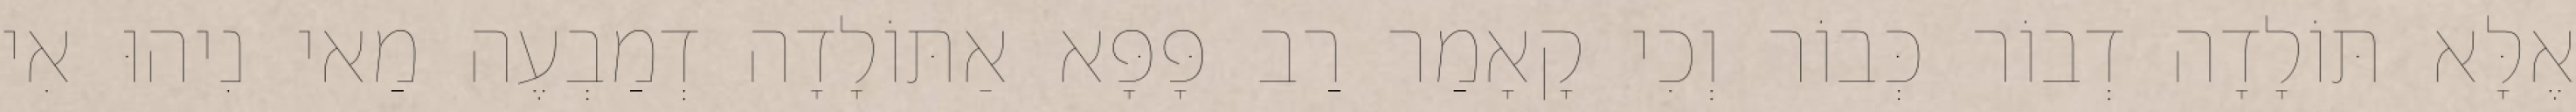
אֶלָּא תּוֹלָדָה דְבוֹר כְּבוֹר וְכִי קָאָמַר רַב פָּפָּא אַתּוֹלָדָה דְמַבְעֶה מַאי נִיהוּ אִי